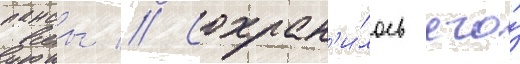
пансы // Сохран'и́лось его́